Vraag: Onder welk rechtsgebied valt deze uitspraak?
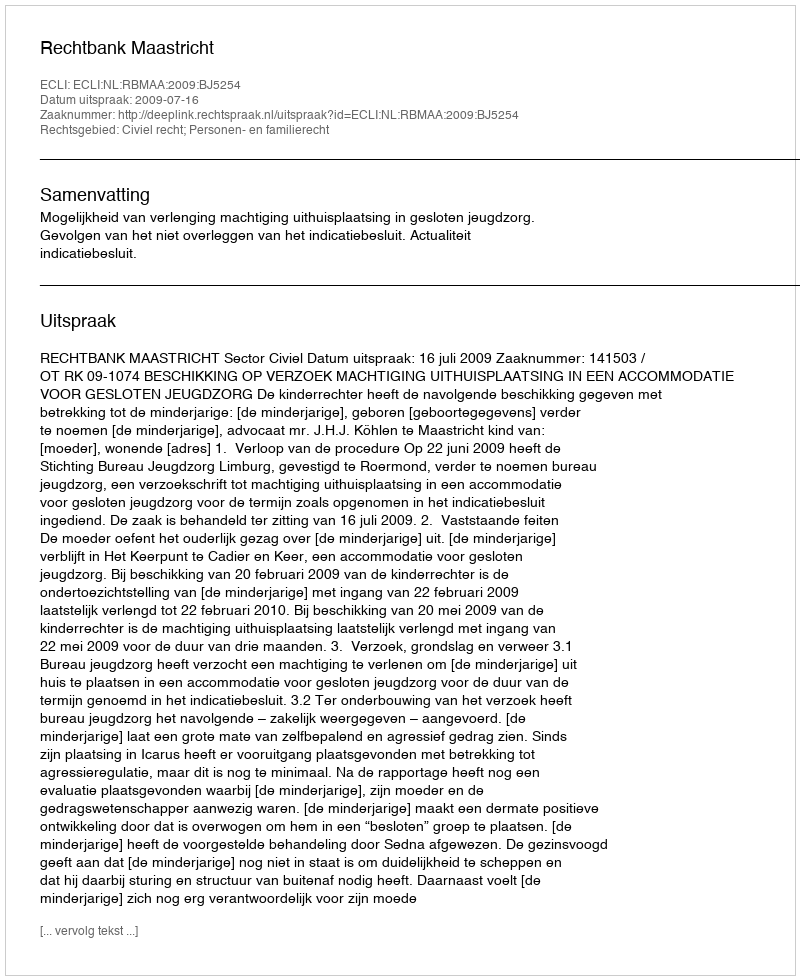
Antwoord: Civiel recht; Personen- en familierecht